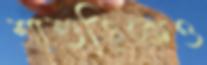
শাশুড়িকেও